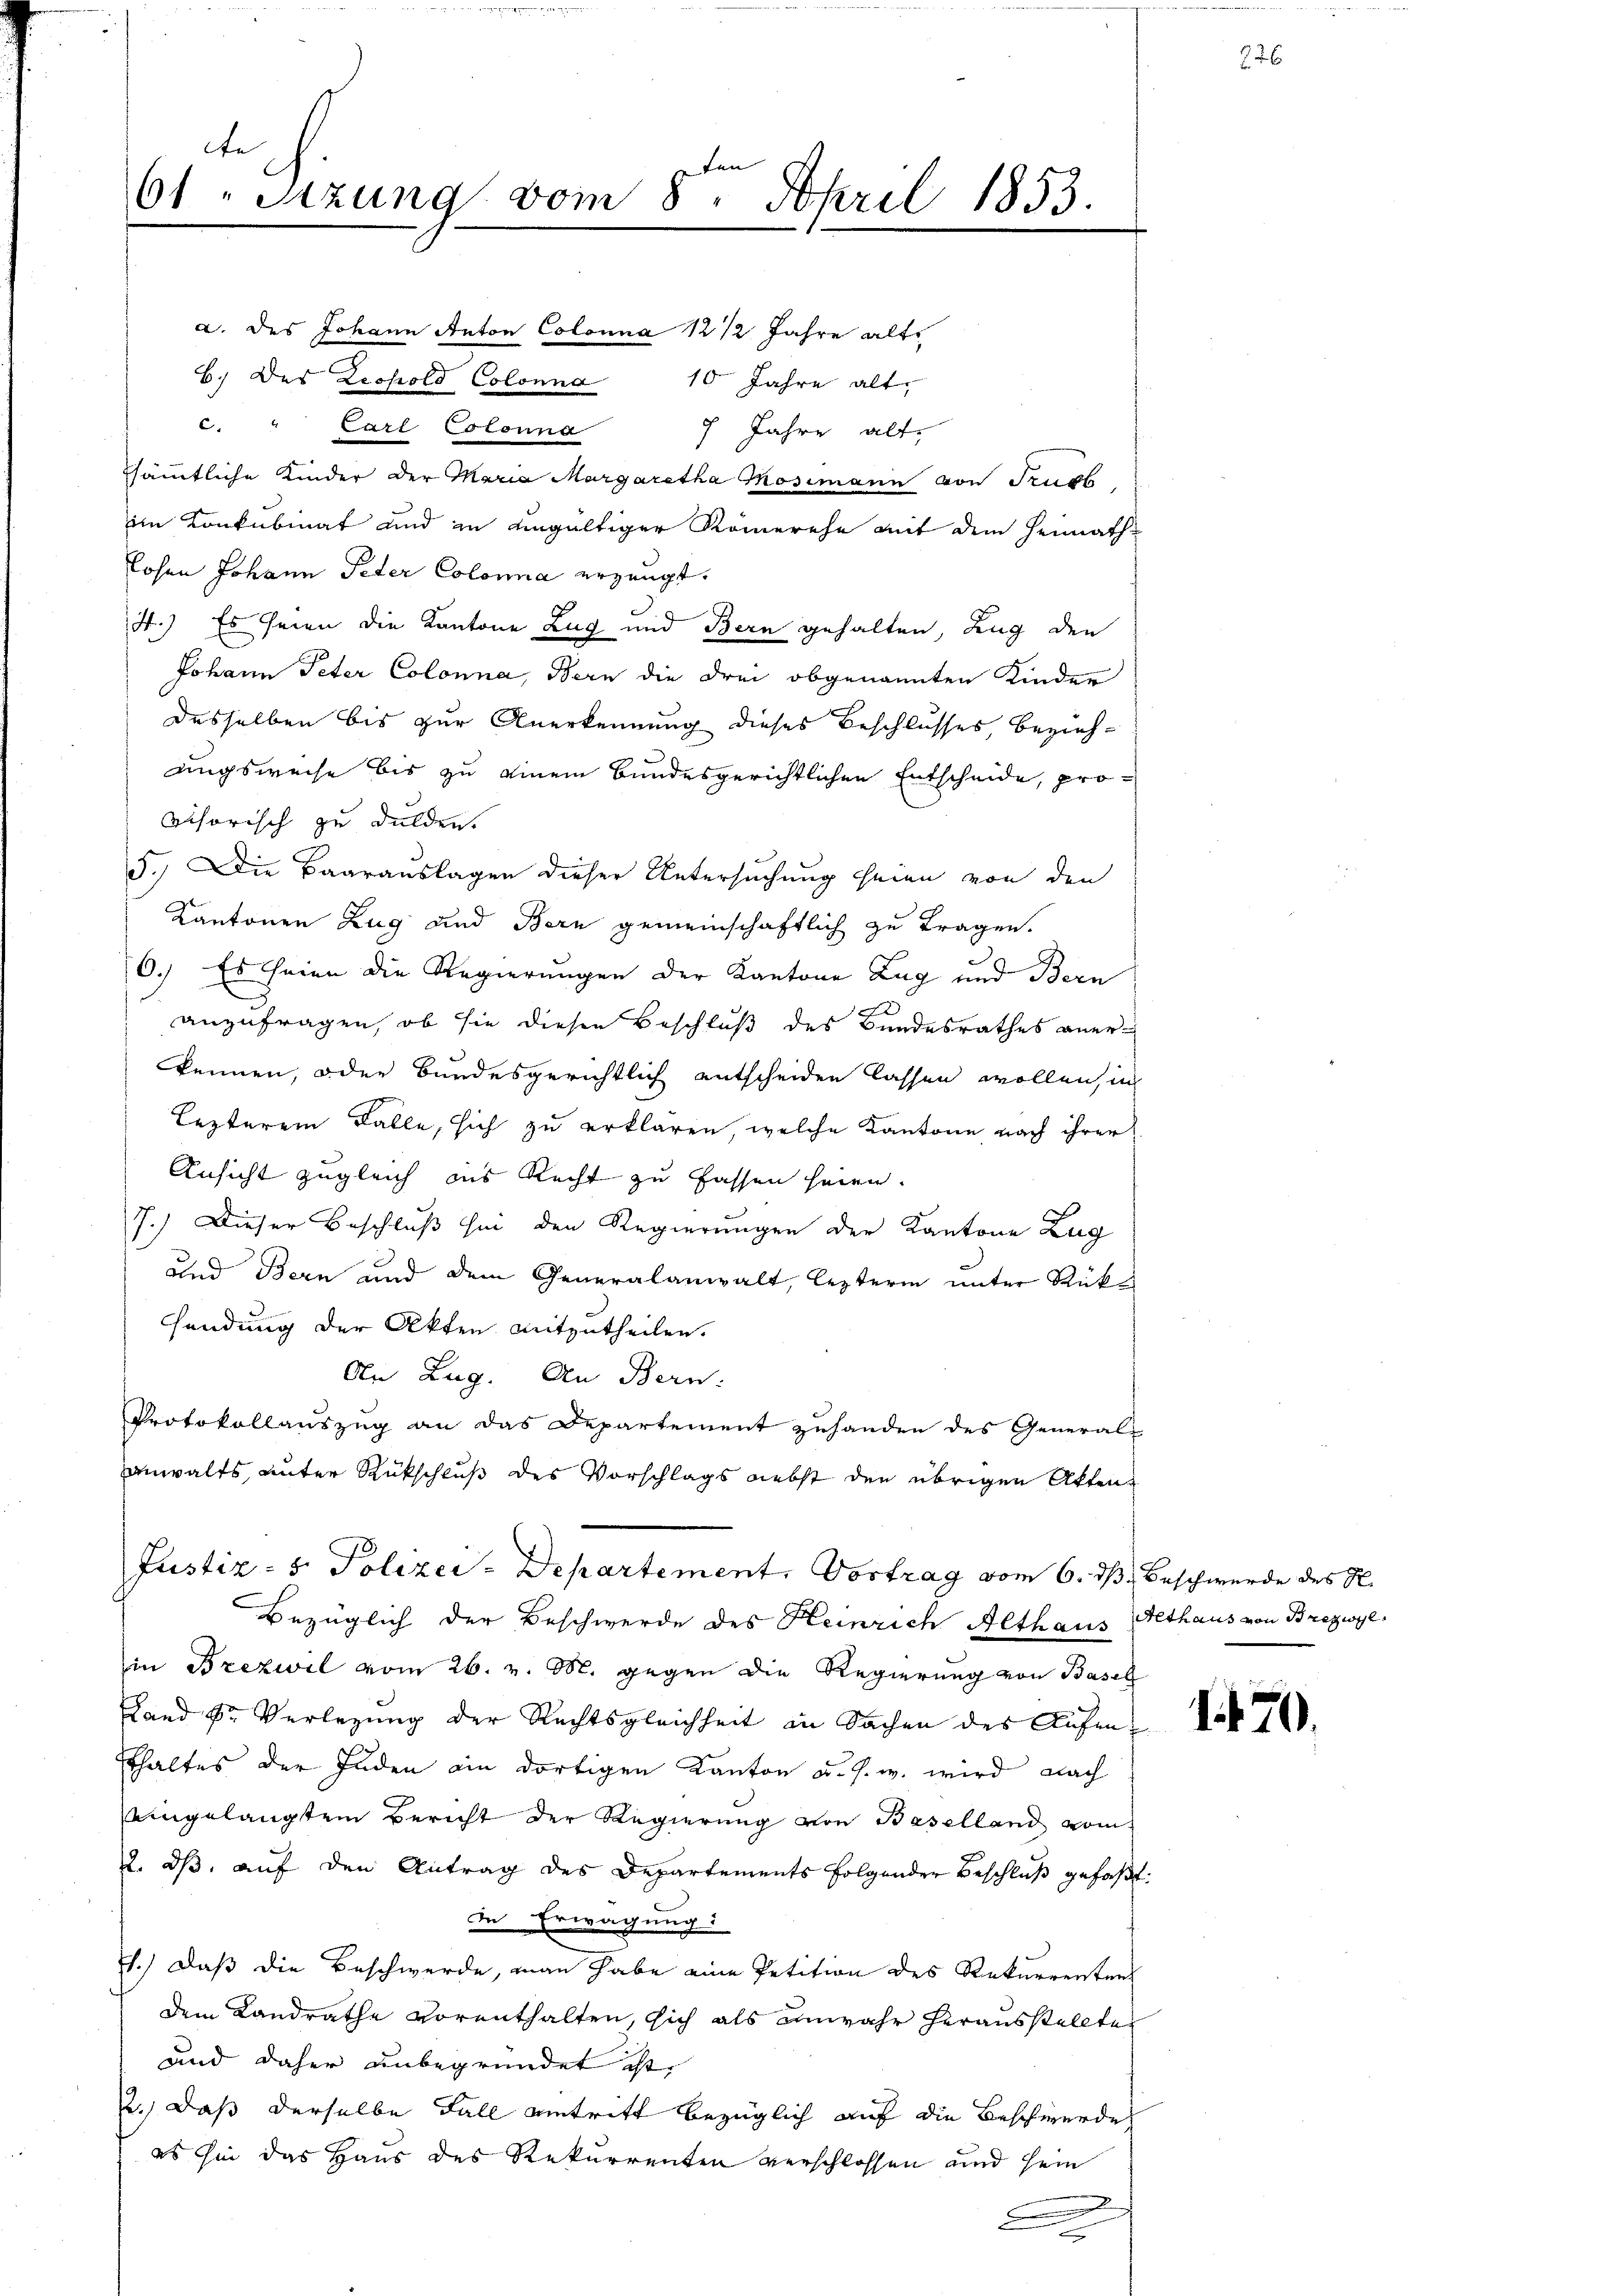
61 "Stzung vom 8. April 1853.

a. des Johann Anton Colonna 12 1/2 Jahre alte
6.) Das Leopold Colonna 10 Jahre alt,
c. " Carl Colonna
7 Jahre alte
sämtliche Kinder der Maria Margaretha Tosimann von Truch
im Konkubinat und zu eingültiger Römerehe mit dem Heimath¬
Losen Johann Peter Colona erzeugt.
4.) Es seien die Kantone Zug und Bern gehalten, Zug den
Johann Peter Colonna, Bern die drei obgenannten Kinder
desselben bis zur Anerkennung dieses Beschlusses, beziehungsweise bis zu einem Bundesgerichtlichen Entscheide, pro-
visorisch zu dulden.
5. Die Baarauslagen dieser Untersuchung seien von den
Kantonen Zug und Bern gemeinschaftlich zu tragen.
6.) Es theien die Regierungen der Kantone Zug und Bern
2
anzufragen, ob sie diesen Beschluß des Bundesrathes aner-
kennen, oder bundesgerichtlich entscheiden lassen wollen, in
Lezterem Falle, sich zu erklären, welche Kantone nach ihrer
Ansicht zugleich ins Recht zu fassen seien.
s
7.) Dieser Beschluß sei den Regierungen der Kantone Zug
und Bern und dem Generalanwalt, lezterm unter Rücksendung der Akten mitzutheilen.
An Zug. An Bern:
Protokollauszug an das Departement zuhanden des Generals
anwalts, unter Rückschluß des Vorschlags nebst den übrigen Akten
Justiz- & Polizei-Departement. Vortrag vom 6. dß. Beschwerde des R.
Bezüglich der Beschwerde des Heinrich Althaus Gethaus von Brezwyl,
in Brezwil vom 26. v. M. gegen die Regierung von Basel
Land der Verlegung der Rechtsgleichheit in Sachen des Aufensthaltes der Juden ain dortigen Kanton u. s. w. wird nach
eingelangten Bericht der Regierŭng von Baselland vom
2. dß, auf den Antrag des Departements folgender Beschluß gefaßt.
de Erwägung:
71.) Daß die Beschwerde, man habe eine Petition des Rekurrentens
dem Landrathe vorenthalten, sich als unwahr herausstellte
und daher unbegründet ist,
2.) Daß derselbe Fall eintritt bezüglich auf die Beschwerde
es hin das Haus des Rekurrenten verschlossen und sein

e
d
e

1470.